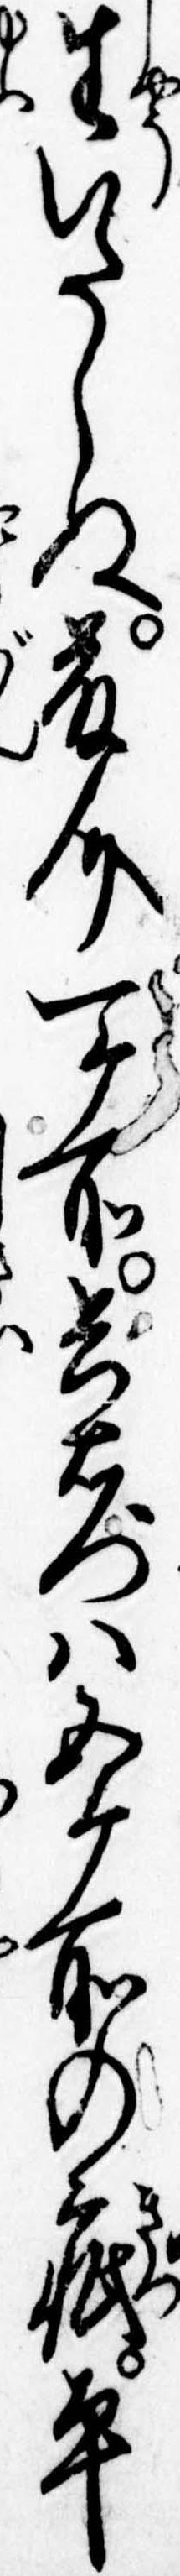
生いたしぬ藤介一ヶ所兵右門は五ヶ所の疵平